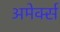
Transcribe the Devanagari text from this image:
अमेर्क्स